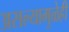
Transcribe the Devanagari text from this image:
असल्यामुळेही